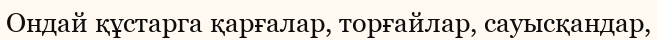
Ондай құстарга қарғалар, торғайлар, сауысқандар,